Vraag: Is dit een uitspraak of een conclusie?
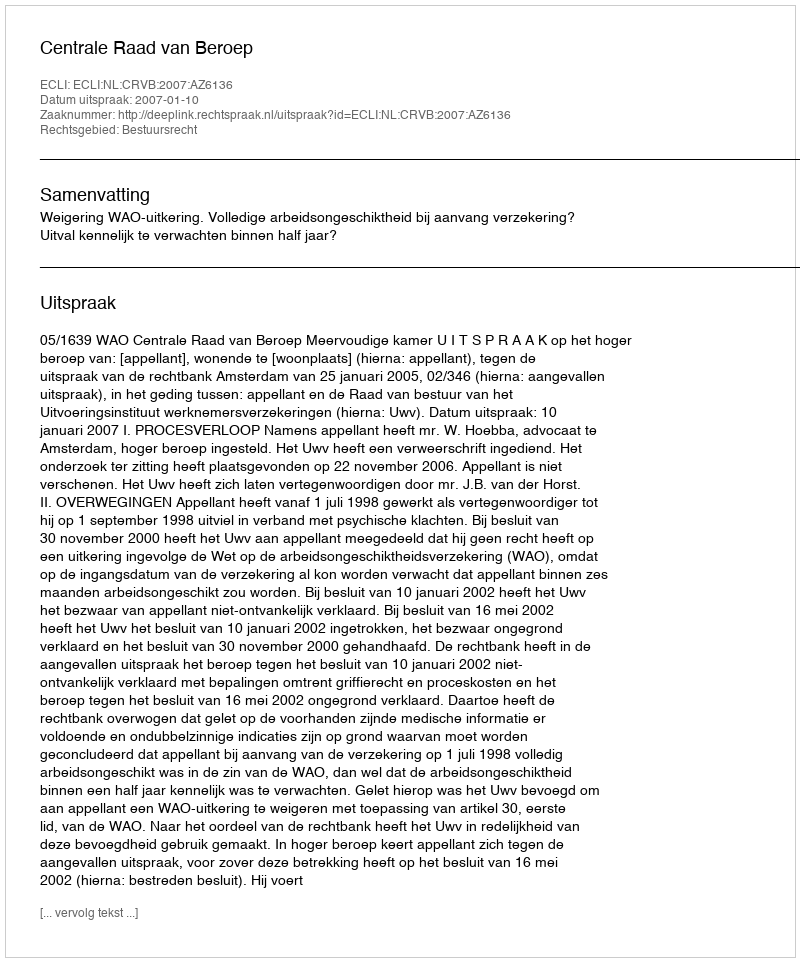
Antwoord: Uitspraak